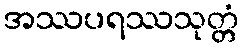
အဿပရဿသုတ္တံ